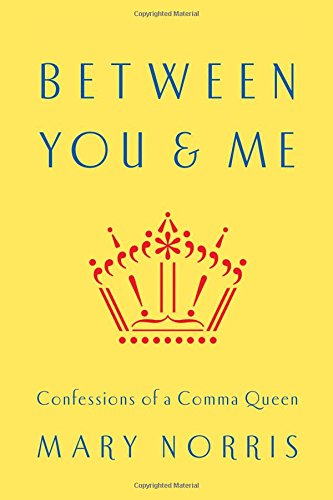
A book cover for Between You & Me: Confessions of a Comma Queen; Mary Norris; Reference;